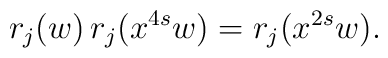
r_j(w) \,r_j(x^{4s}w)=r_j(x^{2s}w).